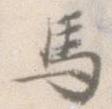
馬